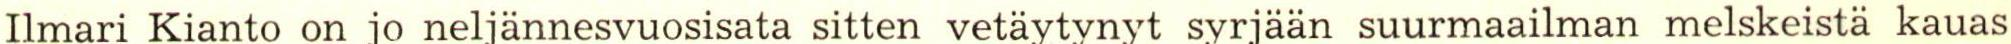
Ilmari Kianto on jo neljännesvuosisata sitten vetäytynyt syrjään suurmaailman melskeistä kauas